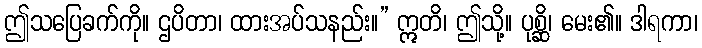
ဤသပြေခက်ကို။ ဌပိတာ၊ ထားအပ်သနည်း။” ဣတိ၊ ဤသို့။ ပုစ္ဆိ၊ မေး၏။ ဒါရကာ၊